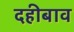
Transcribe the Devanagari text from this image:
दहीबाव